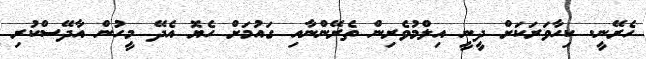
ހެރޭނީ. ކިހާވަރަކަށް ދީނީ އިލްމުވެރިން ތެރޭންނާއި ގައުމަށް ހެޔޮ އެދޭ މީހުން އާދޭސްކުރި